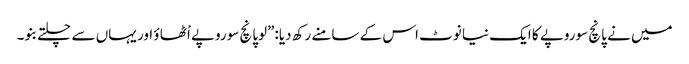
میں نے پانچ سوروپے کا ایک نیا نوٹ اس کے سامنے رکھ دیا:”لوپانچ سوروپے اْٹھا ؤ اور یہاں سے چلتے بنو۔